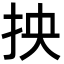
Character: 抰